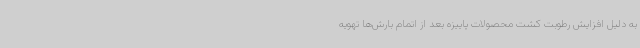
به دلیل افزایش رطوبت کشت محصولات پاییزه بعد از اتمام بارش‌ها تهویه